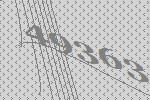
49363